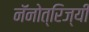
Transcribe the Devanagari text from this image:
नॅनोत्रिज्यी